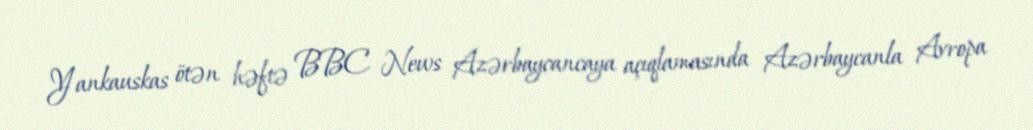
Yankauskas ötən həftə BBC News Azərbaycancaya açıqlamasında Azərbaycanla Avropa